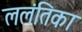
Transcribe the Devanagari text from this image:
ललंतिका